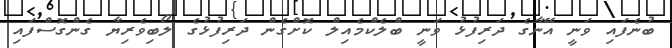
ބުނެފައި ވަނީ އޭނާގެ ދަރިފުޅު ވަނީ ބްލެކްމެއިލް ކޮށްގެން ދަރިފުޅުގެ ލޯބިވެރިޔާ ގެންގޮސްފައި